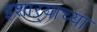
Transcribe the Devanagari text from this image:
इशाऱ्याच्या